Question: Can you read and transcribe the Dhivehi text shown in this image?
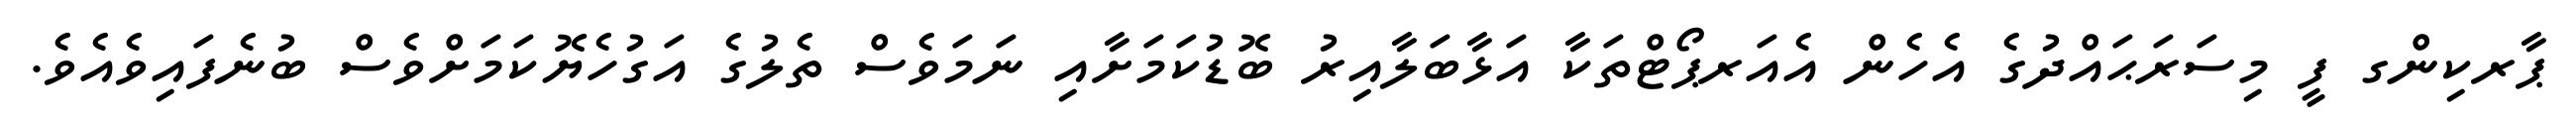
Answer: ޕާރކިންގ ފީ މިސަރަޙައްދުގެ އެހެން އެއަރޕޯޓްތަކާ އަޅާބަލާއިރު ބޮޑުކަމަށާއި ނަމަވެސް ތެލުގެ އަގުހެޔޮކަމަށްވެސް ބުނެފައިވެއެވެ.